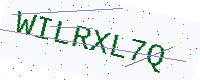
Text: WILRXL7Q